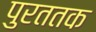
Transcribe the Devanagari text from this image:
पुरततक